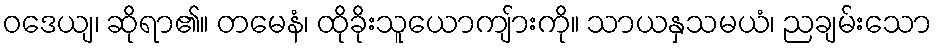
ဝဒေယျ၊ ဆိုရာ၏။ တမေနံ၊ ထိုခိုးသူယောကျ်ားကို။ သာယနှသမယံ၊ ညချမ်းသော